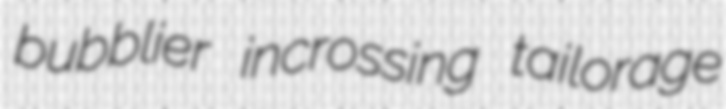
bubblier incrossing tailorage